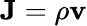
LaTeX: \mathbf{J}=\rho\mathbf{v}